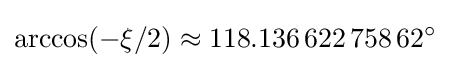
\arccos(-\xi /2)\approx 118.136\,622\,758\,62^{\circ }